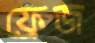
ফ্রেজ